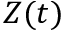
Z ( t )